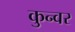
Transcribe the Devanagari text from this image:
कुन्वर